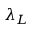
\lambda _ { L }